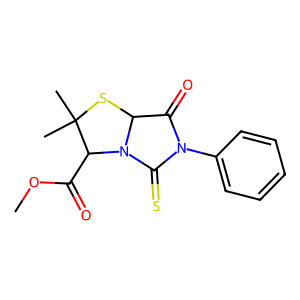
SMILES: COC(=O)C1N2C(=S)N(c3ccccc3)C(=O)C2SC1(C)C
Inhibits HIV replication: No